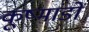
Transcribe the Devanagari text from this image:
कूष्मांडों